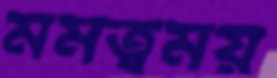
মমত্বময়